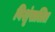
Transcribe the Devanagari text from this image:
विशृंखलित